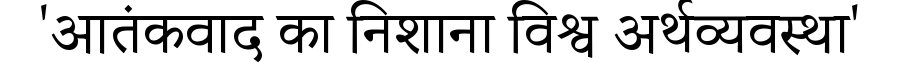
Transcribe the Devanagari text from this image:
'आतंकवाद का निशाना विश्व अर्थव्यवस्था'